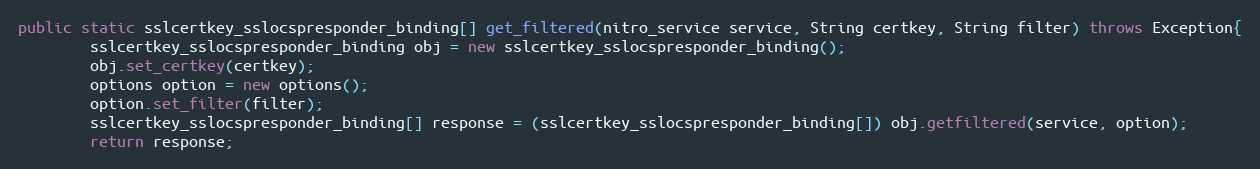
Language: Java
public static sslcertkey_sslocspresponder_binding[] get_filtered(nitro_service service, String certkey, String filter) throws Exception{
		sslcertkey_sslocspresponder_binding obj = new sslcertkey_sslocspresponder_binding();
		obj.set_certkey(certkey);
		options option = new options();
		option.set_filter(filter);
		sslcertkey_sslocspresponder_binding[] response = (sslcertkey_sslocspresponder_binding[]) obj.getfiltered(service, option);
		return response;